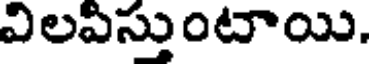
విలపిస్తుంటాయి.